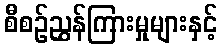
စီစဉ်ညွှန်ကြားမှုများနှင့်